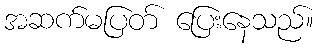
အဆက်မပြတ် ပြေးနေသည်။